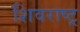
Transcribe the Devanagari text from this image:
शिवराष्ट्र